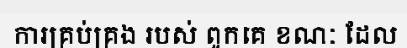
ការគ្រប់គ្រង របស់ ពួកគេ ខណៈ ដែល